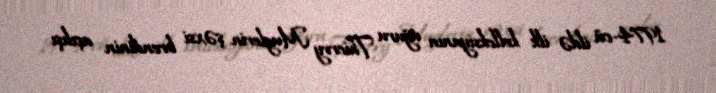
1974-cü ildə ilk kolleksiyanın uğuru Thierry Muglerin şəxsi brendinin açılışı